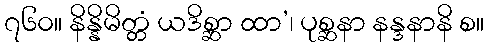
၇၆၀။ နိန္နိမိတ္တံ ယဒိစ္ဆာ ထာ’၊ ပုစ္ဆနာ နန္ဒနာနိ စ။